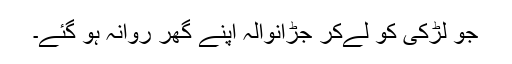
جو لڑکی کو لےکر جڑانوالہ اپنے گھر روانہ ہو گئے۔